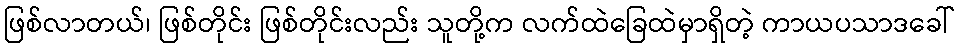
ဖြစ်လာတယ်၊ ဖြစ်တိုင်း ဖြစ်တိုင်းလည်း သူတို့က လက်ထဲခြေထဲမှာရှိတဲ့ ကာယပသာဒခေါ်